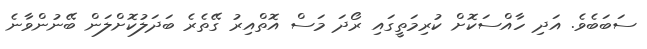
ސަބަބެވެ. އަދި ހާއްސަކޮށް ކުރިމަތީގައި ރޯދަ މަސް އޮތްއިރު ގޭތެރެ ބަދަލުކޮށްލަން ބޭނުންވާނެ